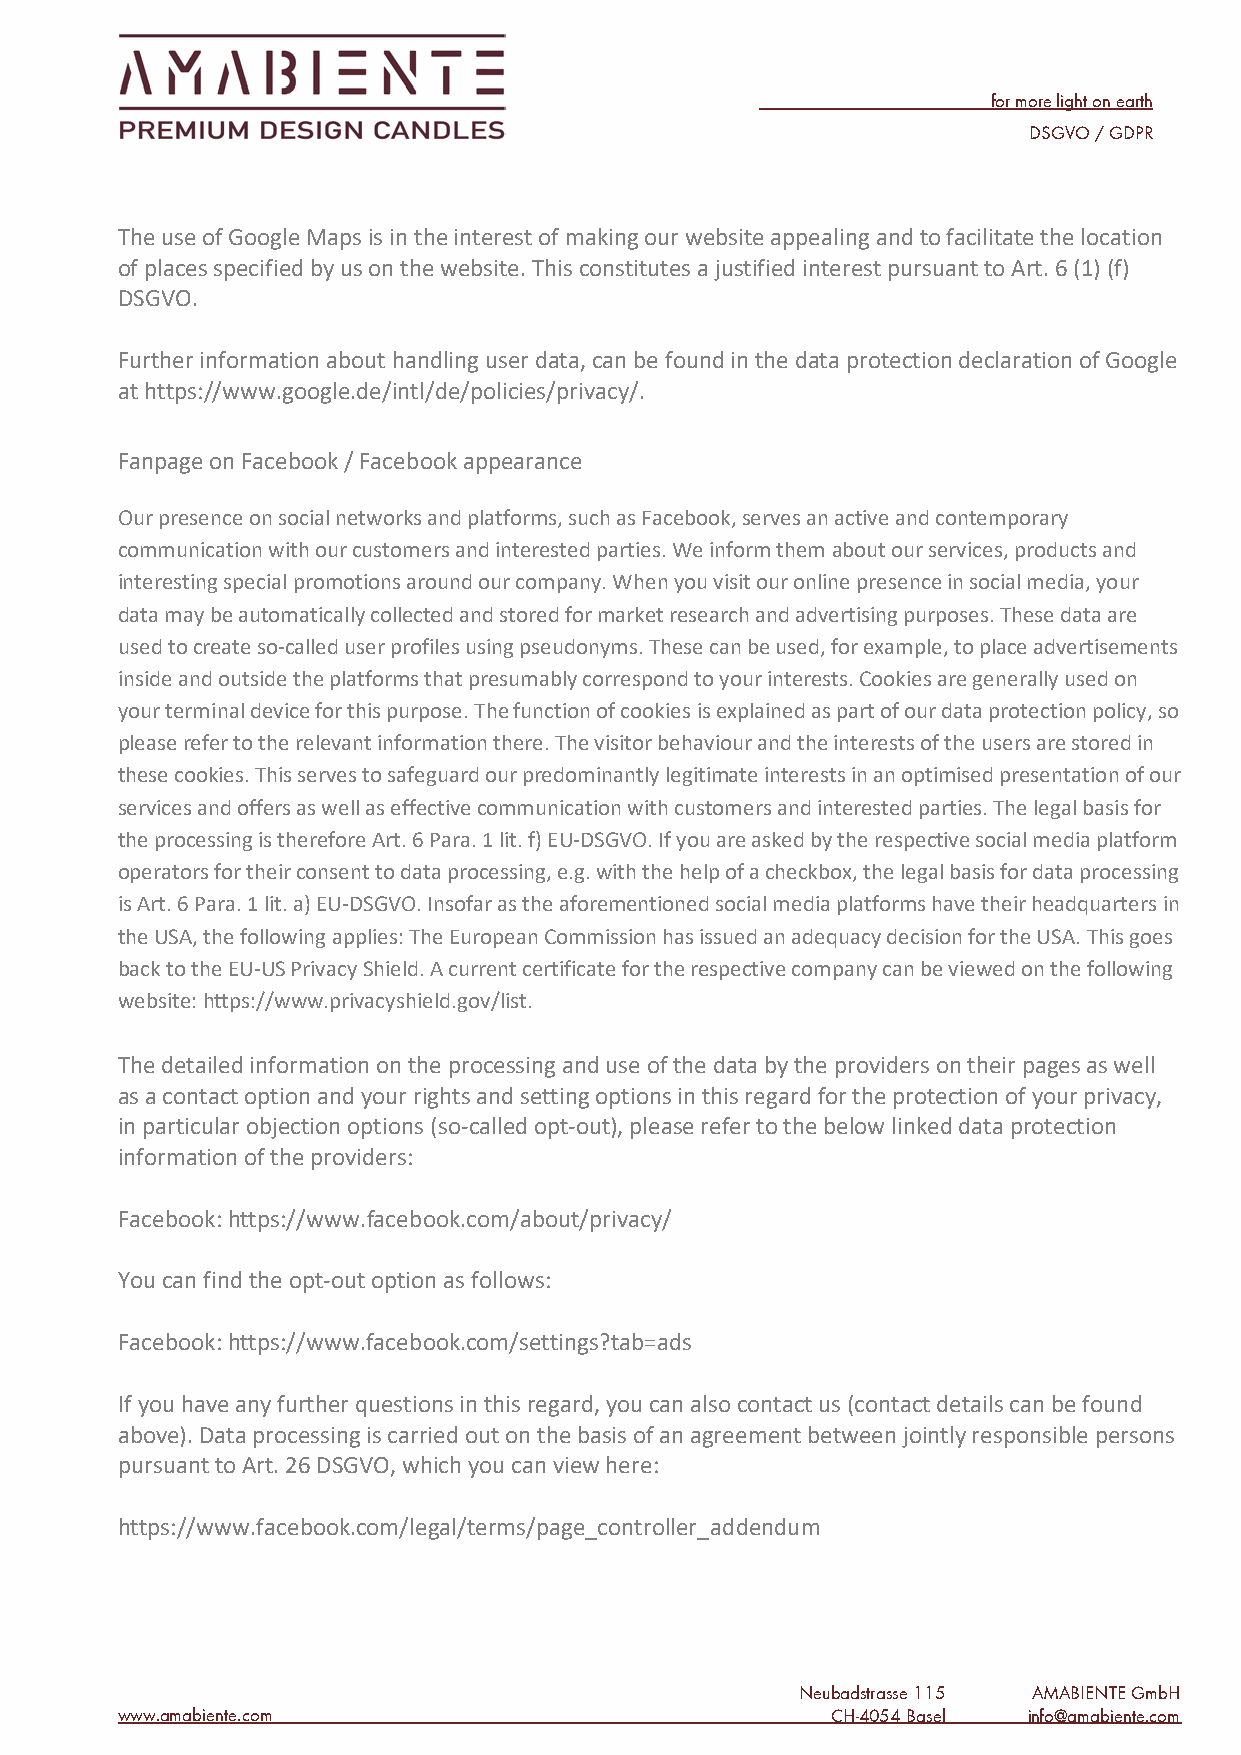
for more light on earth
 DSGVO / GDPR
 The use of Google Maps is in the interest of making our website appealing and to facilitate the location
 of places specified by us on the website. This constitutes a justified interest pursuant to Art. 6 (1) (f)
 DSGVO.
 Further information about handling user data, can be found in the data protection declaration of Google
 at https://www.google.de/intl/de/policies/privacy/.
 Fanpage on Facebook / Facebook appearance
 Our presence on social networks and platforms, such as Facebook, serves an active and contemporary
 communication with our customers and interested parties. We inform them about our services, products and
 interesting special promotions around our company. When you visit our online presence in social media, your
 data may be automatically collected and stored for market research and advertising purposes. These data are
 used to create so-called user profiles using pseudonyms. These can be used, for example, to place advertisements
 inside and outside the platforms that presumably correspond to your interests. Cookies are generally used on
 your terminal device for this purpose. The function of cookies is explained as part of our data protection policy, so
 please refer to the relevant information there. The visitor behaviour and the interests of the users are stored in
 these cookies. This serves to safeguard our predominantly legitimate interests in an optimised presentation of our
 services and offers as well as effective communication with customers and interested parties. The legal basis for
 the processing is therefore Art. 6 Para. 1 lit. f) EU-DSGVO. If you are asked by the respective social media platform
 operators for their consent to data processing, e.g. with the help of a checkbox, the legal basis for data processing
 is Art. 6 Para. 1 lit. a) EU-DSGVO. Insofar as the aforementioned social media platforms have their headquarters in
 the USA, the following applies: The European Commission has issued an adequacy decision for the USA. This goes
 back to the EU-US Privacy Shield. A current certificate for the respective company can be viewed on the following
 website: https://www.privacyshield.gov/list.
 The detailed information on the processing and use of the data by the providers on their pages as well
 as a contact option and your rights and setting options in this regard for the protection of your privacy,
 in particular objection options (so-called opt-out), please refer to the below linked data protection
 information of the providers:
 Facebook: https://www.facebook.com/about/privacy/
 You can find the opt-out option as follows:
 Facebook: https://www.facebook.com/settings?tab=ads
 If you have any further questions in this regard, you can also contact us (contact details can be found
 above). Data processing is carried out on the basis of an agreement between jointly responsible persons
 pursuant to Art. 26 DSGVO, which you can view here:
 https://www.facebook.com/legal/terms/page_controller_addendum
 Neubadstrasse 115 AMABIENTE GmbH
 www.amabiente.com                              CH-4054 B asel info@amabiente.com